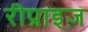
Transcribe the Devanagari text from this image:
रीप्राइज़